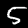
Label: 5